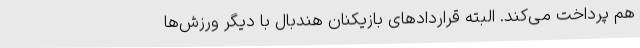
هم پرداخت می‌کند. البته قراردادهای بازیکنان هندبال با دیگر ورزش‌ها